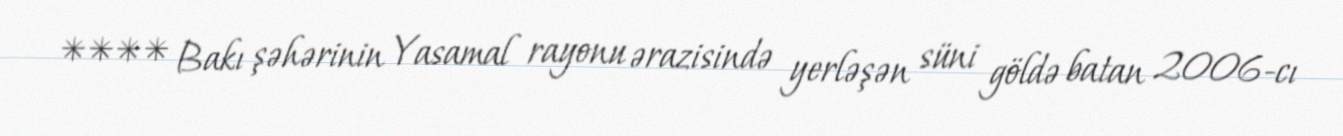
**** Bakı şəhərinin Yasamal rayonu ərazisində yerləşən süni göldə batan 2006-cı